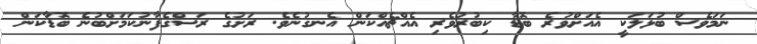
ނަމަވެސް ބުޅަލަކީ އެއަށްވުރެ ބޮޑާ ކިބުރުވެރި އެއްޗެއްކަން އެނގުނެވެ. ރަށުގެ ރަސްގެފާނުކަމަށްބުނެ ބޮޑާކަން